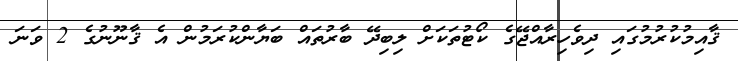
ޤާއިމުކުރުމުގައި ދިވެހިރާއްޖޭގެ ކޯޓުތަކަށް ލިބިދޭ ބާރުތައް ބަޔާންކުރަމުން އެ ޤާނޫނުގެ 2 ވަނަ